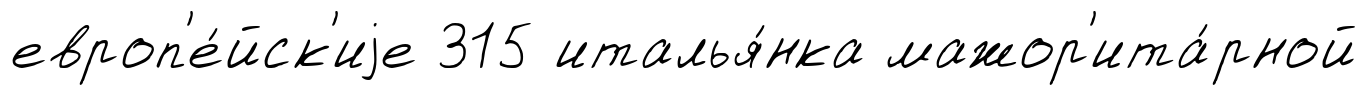
европ'е́йск'иjе 315 италья́нка мажор'ита́рной